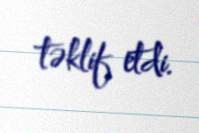
təklif etdi.